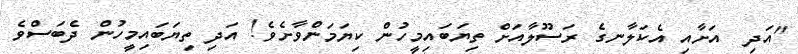
"އަދި  އަށާއި އެކަލާނގެ ރަސޫލާއަށް ތިޔަބައިމީހުން ކިޔަމަންވާށެވެ! އަދި ތިޔަބައިމީހުން ދެބަސްވެ